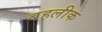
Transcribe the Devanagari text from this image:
बहलीक